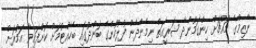
ނާޒިމްގެ މައްޗަށް ހިންގަމުންދާ ޝަރީއަތް ނިމެންދެން ފުލުހުންގެ ބަންދުގައި ބެހެއްޓުމަށް ކޮށްފައިވާ އަމުރަށް